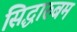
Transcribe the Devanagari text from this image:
सिद्धारुबम